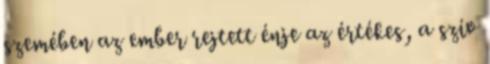
szemében az ember rejtett énje az értékes, a szív